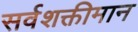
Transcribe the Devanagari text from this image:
सर्वशक्तीमान